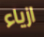
ازياء